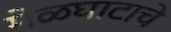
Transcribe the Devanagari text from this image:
मेळघाटाचे